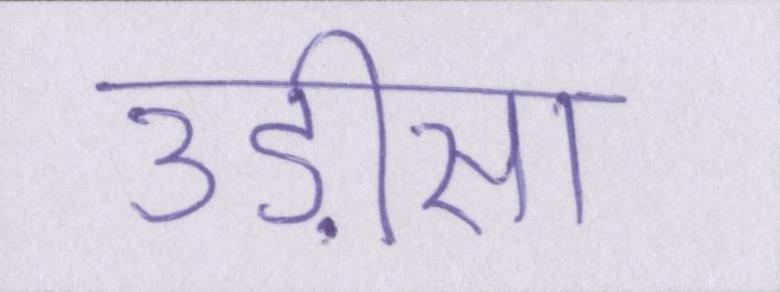
उड़ीसा